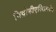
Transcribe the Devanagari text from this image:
विद्रोहीएलिज़ाबेथ